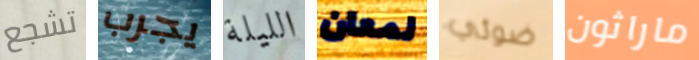
تشجع يجرب الليلة لمعان ضوئي ماراثون